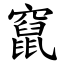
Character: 竄